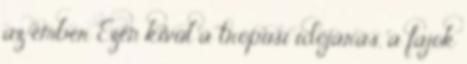
az ember Ezen kívül a trópusi időjárás, a fajok